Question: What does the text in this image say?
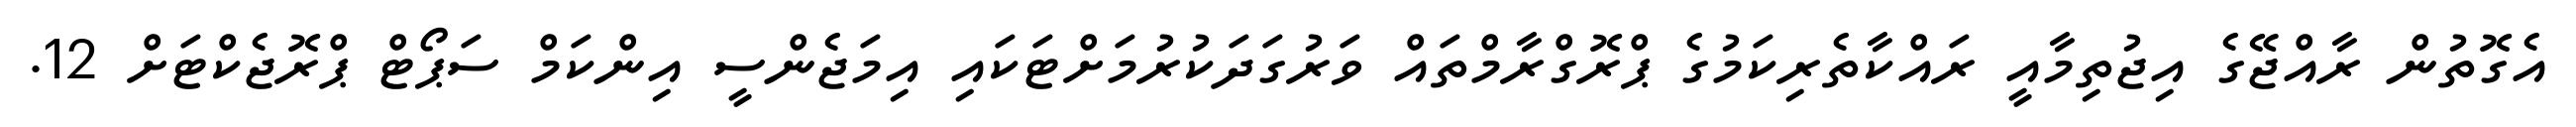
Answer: އެގޮތުން ރާއްޖޭގެ އިޖުތިމާއީ ރައްކާތެރިކަމުގެ ޕްރޮގްރާމްތައް ވަރުގަދަކުރުމަށްޓަކައި އިމަޖެންސީ އިންކަމް ސަޕޯޓް ޕްރޮޖެކްޓަށް 12.